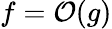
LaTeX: f=\mathcal{O}(g)